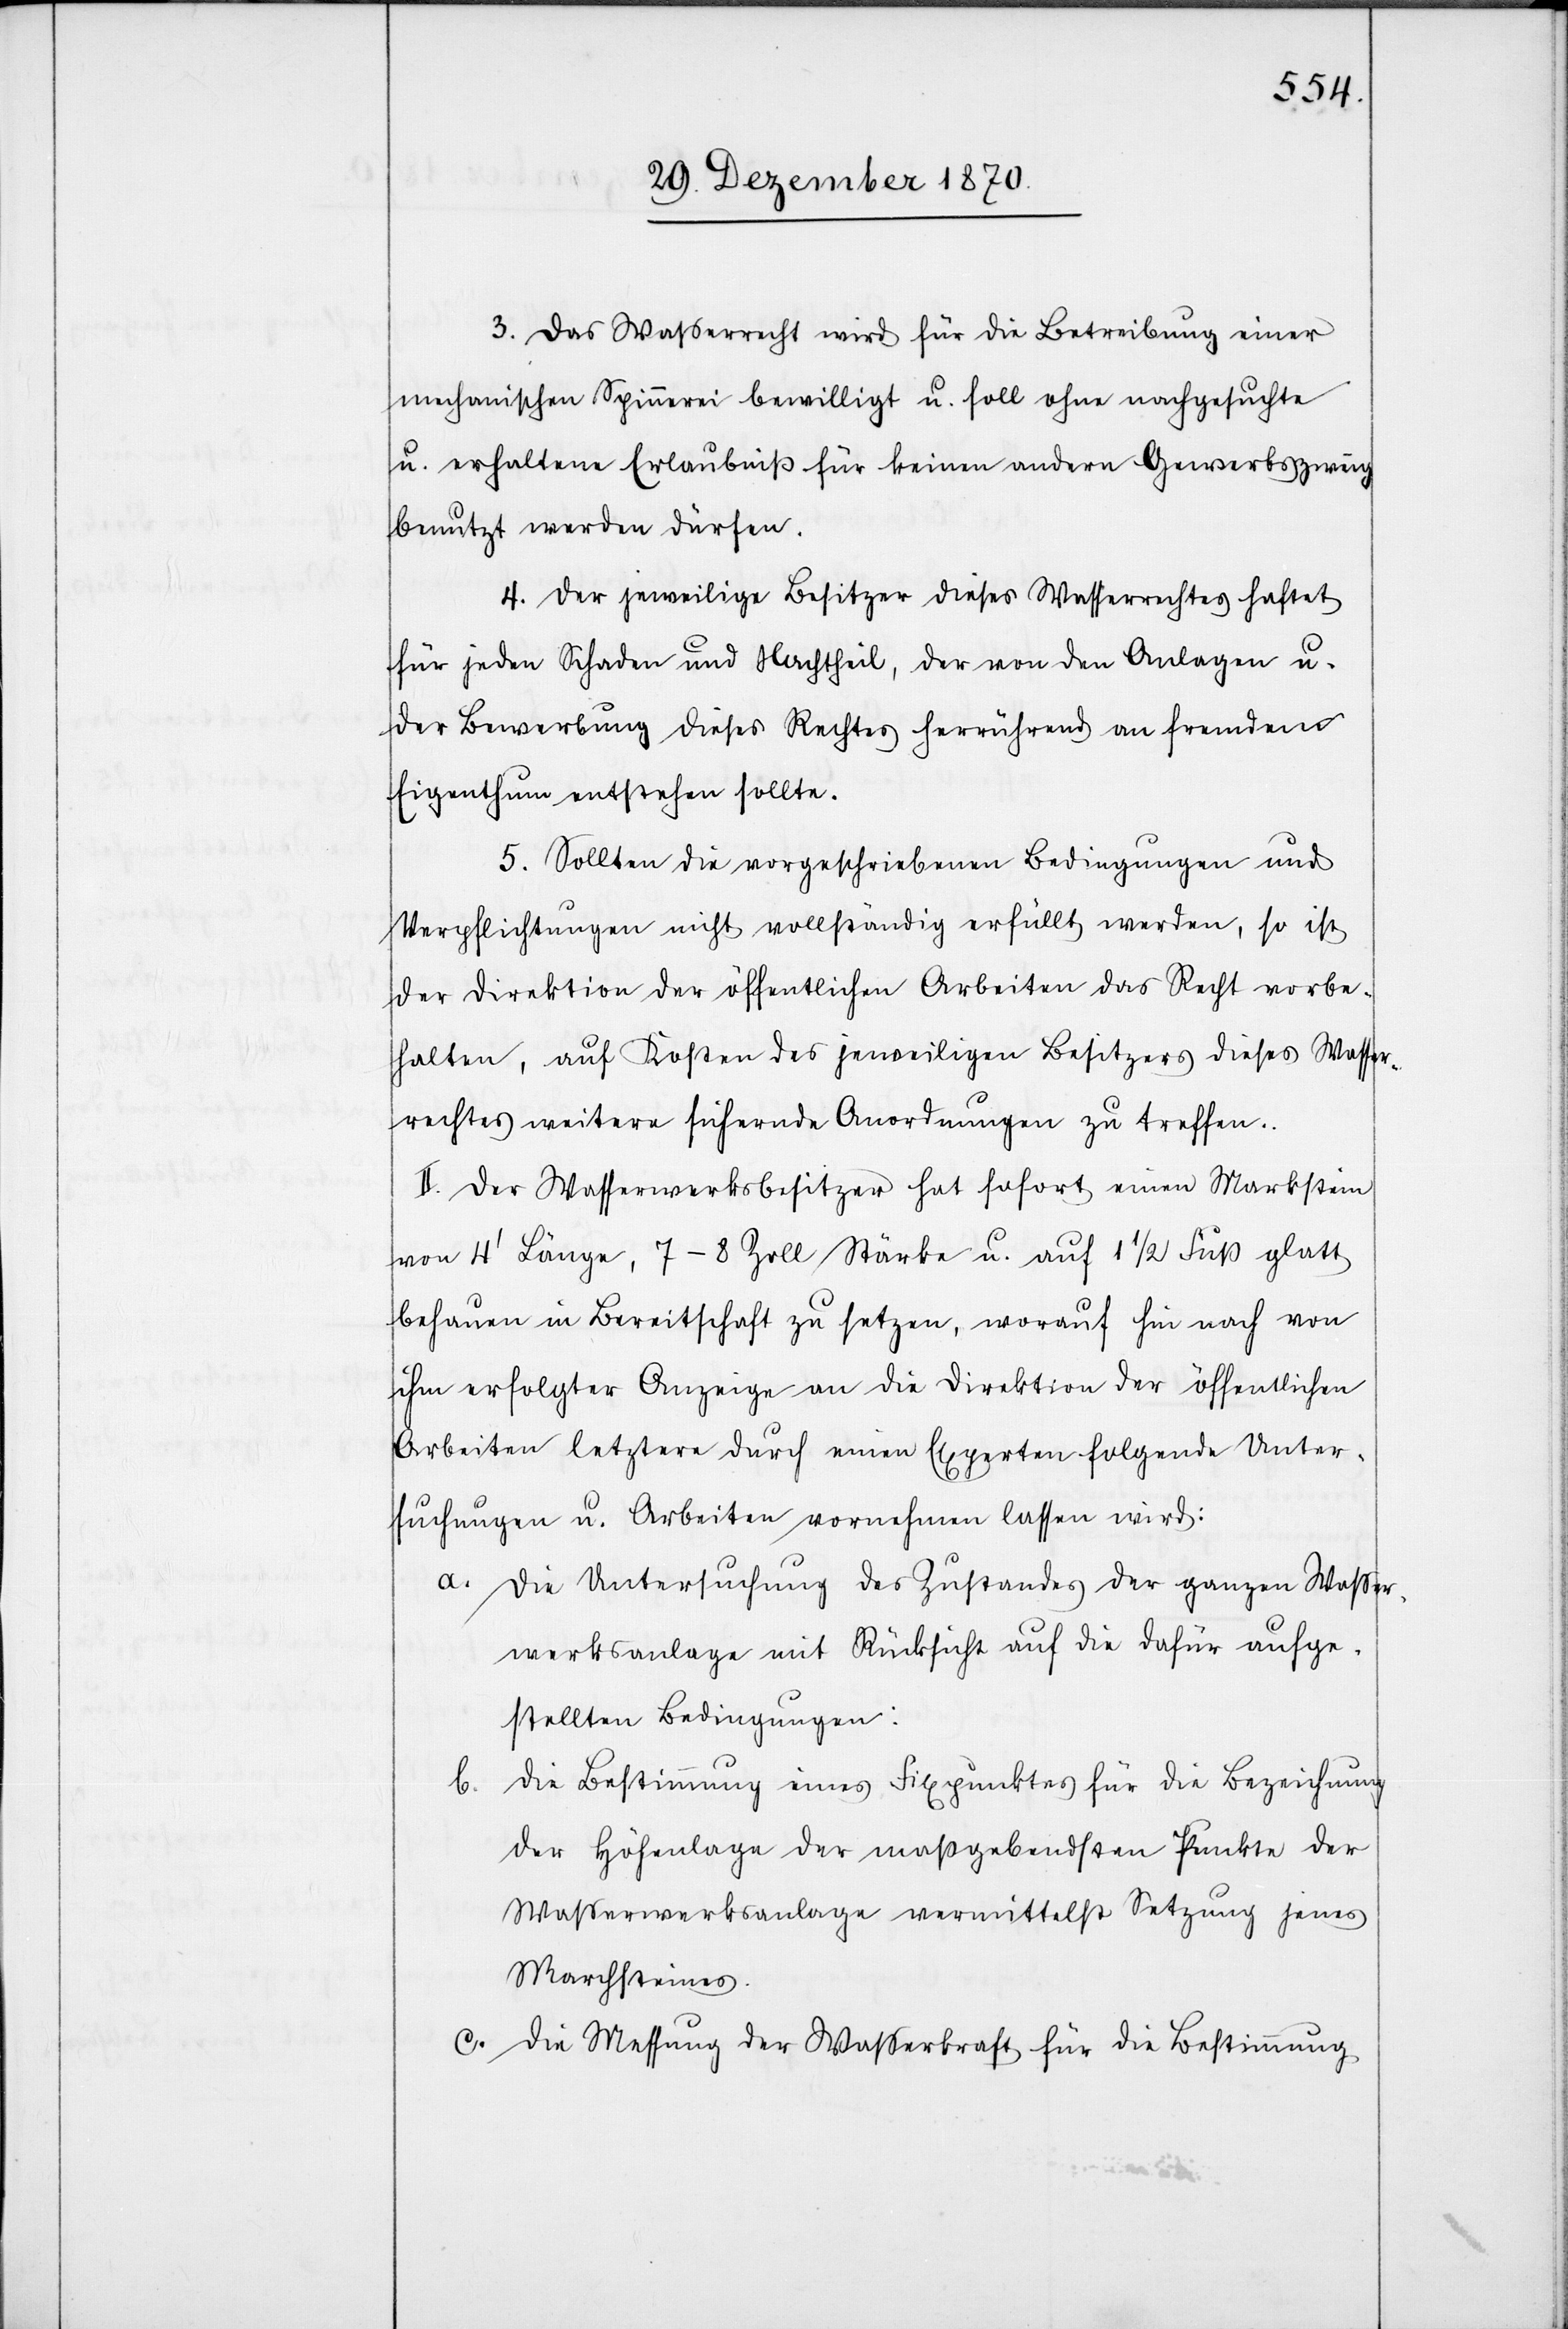
3. Das Waßerrecht wird für die Betreibung einer
mechanischen Spinnerei bewilligt u. soll ohne nachgesuchte
u. erhaltene Erlaubniß für keinen andern Gewerbszweig
benutzt werden dürfen.
4. Der jeweilige Besitzer dieses Wasserrechtes haftet
für jeden Schaden und Nachtheil, der von den Anlagen u.
der Bewerbung dieses Rechtes herrührend an fremdem
Eigenthum entstehen sollte.
5. Sollten die vorgeschriebenen Bedingungen und
Verpflichtungen nicht vollständig erfüllt werden, so ist
der Direktion der öffentlichen Arbeiten das Recht vorbe¬
halten, auf Kosten des jeweiligen Besitzers dieses Wasser¬
rechtes weitere sichernde Anordnungen zu treffen.
II. Der Wasserwerksbesitzer hat sofort einen Markstein
von 4’ Länge, 7–8 Zoll Stärke u. auf 1 1/2 Fuß glatt
behauen in Bereitschaft zu setzen, worauf hin nach von
ihm erfolgter Anzeige an die Direktion der öffentlichen
Arbeiten letztere durch einen Experten folgende Unter¬
suchungen u. Arbeiten vornehmen lassen wird:
a. Die Untersuchung des Zustandes der ganzen Waßer¬
werksanlage mit Rücksicht auf die dafür aufge¬
stellten Bedingungen.
Die Bestimmung eines Fixpunktes für die Bezeichnung
b.
der Höhenlage der maßgebendsten Punkte der
Waßerwerksanlage vermittelst Setzung jenes
Marchsteines.
c. Die Messung der Wasserkraft für die Bestimmung